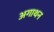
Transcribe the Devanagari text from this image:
अगाथन